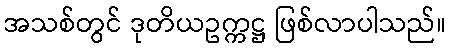
အသစ်တွင် ဒုတိယဥက္ကဋ္ဌ ဖြစ်လာပါသည်။